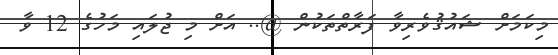
މިކަމަށް ޝައުޤުވެރިވާ ފަރާތްތަކުން @.. އަށް މި ޖުލައި މަހުގެ 12 ވާ